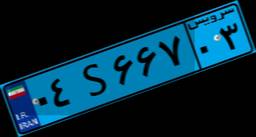
۰۴S۶۶۷۰۳